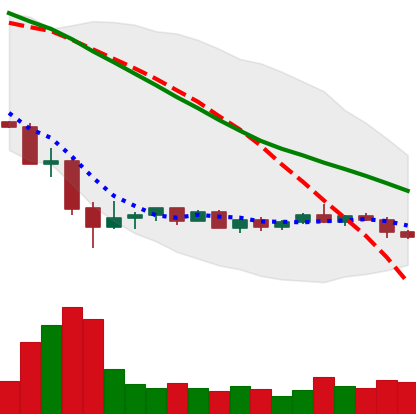
Ticker: EOS-USD
Chart end date: 2022-05-27
Forward return: 4.74%
Label: up_3_5